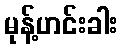
မုန့်ဟင်းခါး